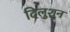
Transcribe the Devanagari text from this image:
दिलुशन